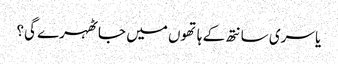
یا سری سانتھ کے ہاتھوں میں جا ٹھہرے گی؟